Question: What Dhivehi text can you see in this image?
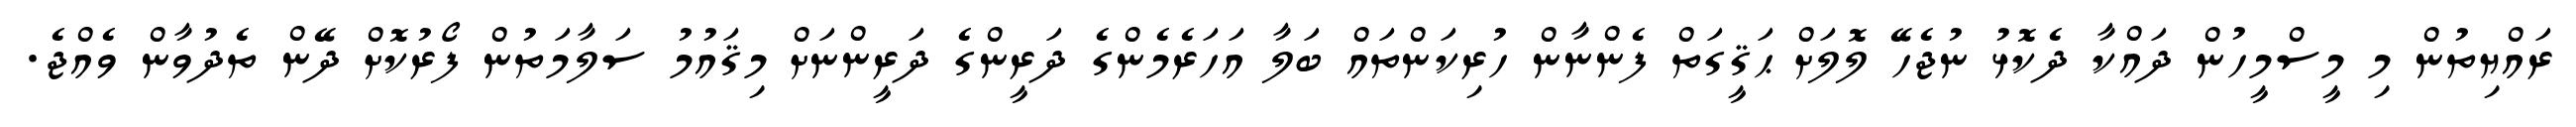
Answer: ރައްޔިތުން މި މީސްމީހުން ދައްކާ ދެކޮޅު ނުޖެހޭ ލޮލަށް ޙަޤީގަތް ފެންނާން ހުރިކަންތައް ބަލާ އަހަރެމެންގެ ދަރީންގެ ދަރީންނަށް މިޤައުމު ސަލާމަތުން ފޯރުކޮށް ދޭން ތެދުވާން ވެއްޖެ.